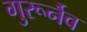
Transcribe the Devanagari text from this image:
गुरूर्नैव